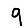
Digit: 9